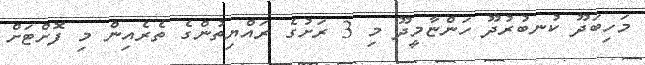
މަހިބަދޫ ކުނބުރުދޫ ހަންޏާމީދޫ މި 3 ރަށުގެ ރައްޔިތުންގެ ތެރެއިން މި ފޮށްޓަށް